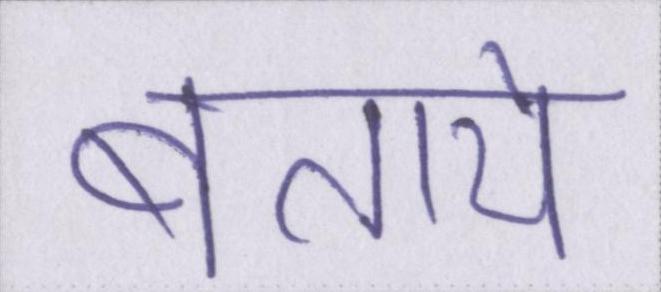
बताये